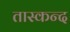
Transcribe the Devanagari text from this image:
तास्कन्द